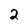
Character: 2